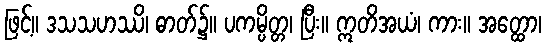
ဖြင့်။ ဒသသဟဿိ၊ ဓာတ်၌။ ပကမ္ပိတ္တ၊ ပြီး။ ဣတိအယံ၊ ကား။ အတ္ထော၊